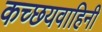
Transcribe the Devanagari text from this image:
कच्छयवाहिनी